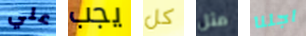
علي يجب كل مثل اجلنا